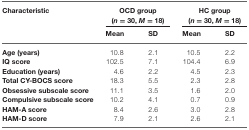
<table><thead><tr><td><b>Characteristic</b></td><td colspan="2"><b>OCD group (<i>n</i> = 30, <i>M</i> = 18)</b></td><td colspan="2"><b>HC group (<i>n</i> = 30, <i>M</i> = 18)</b></td></tr><tr><td></td><td><b>Mean</b></td><td><b>SD</b></td><td><b>Mean</b></td><td><b>SD</b></td></tr></thead><tbody><tr><td><b>Age (years)</b></td><td>10.8</td><td>2.1</td><td>10.5</td><td>2.2</td></tr><tr><td><b>IQ score</b></td><td>102.5</td><td>7.1</td><td>104.4</td><td>6.9</td></tr><tr><td><b>Education (years)</b></td><td>4.6</td><td>2.2</td><td>4.5</td><td>2.3</td></tr><tr><td><b>Total CY-BOCS score</b></td><td>18.3</td><td>5.5</td><td>2.3</td><td>2.8</td></tr><tr><td><b>Obsessive subscale score</b></td><td>11.1</td><td>3.5</td><td>1.6</td><td>2.0</td></tr><tr><td><b>Compulsive subscale score</b></td><td>10.2</td><td>4.1</td><td>0.7</td><td>0.9</td></tr><tr><td><b>HAM-A score</b></td><td>8.4</td><td>2.6</td><td>3.0</td><td>2.8</td></tr><tr><td><b>HAM-D score</b></td><td>7.9</td><td>2.1</td><td>2.6</td><td>2.1</td></tr></tbody></table>